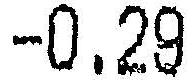
-0.29